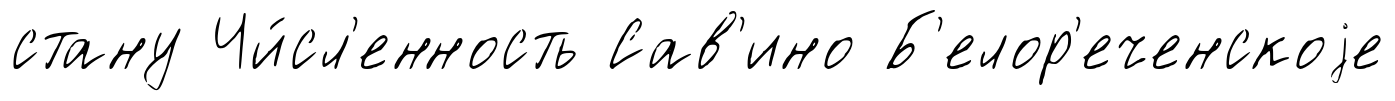
стану Чи́сл'енность Сав'ино Б'елор'еченскоjе